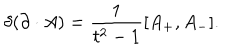
\delta ( \partial \cdot A ) = { \frac { 1 } { t ^ { 2 } - 1 } } [ A _ { + } , A _ { - } ] .